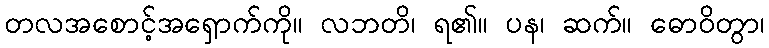
တလအစောင့်အရှောက်ကို။ လဘတိ၊ ရ၏။ ပန၊ ဆက်။ ဓောဝိတွာ၊